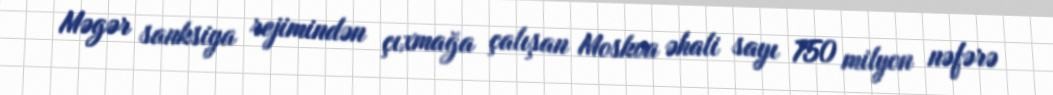
Məgər sanksiya rejimindən çıxmağa çalışan Moskva əhali sayı 750 milyon nəfərə